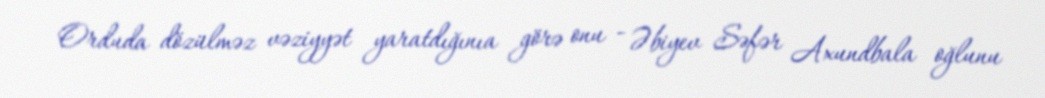
Orduda dözülməz vəziyyət yaratdığınıa görə onu - Əbiyev Səfər Axundbala oğlunu